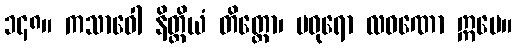
၁၄၈။ ကသာဝေါ နိတ္ထိယံ တိတ္တော၊ မဓုရော လဝဏော ဣမေ။